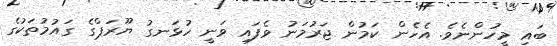
ބައި މީހުންނެވެ. އެހެން ކަމުން ޖަރުމަނު ވެފައި ވަނީ ހުޅަނގު ޔޫރަޕްގެ ގައުމުތަކުގެ